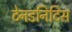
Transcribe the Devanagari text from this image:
टेनडनिटिस